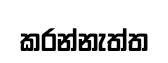
කරන්නැත්ත